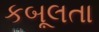
કબૂલતા